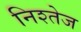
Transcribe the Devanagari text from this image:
निश्तेज